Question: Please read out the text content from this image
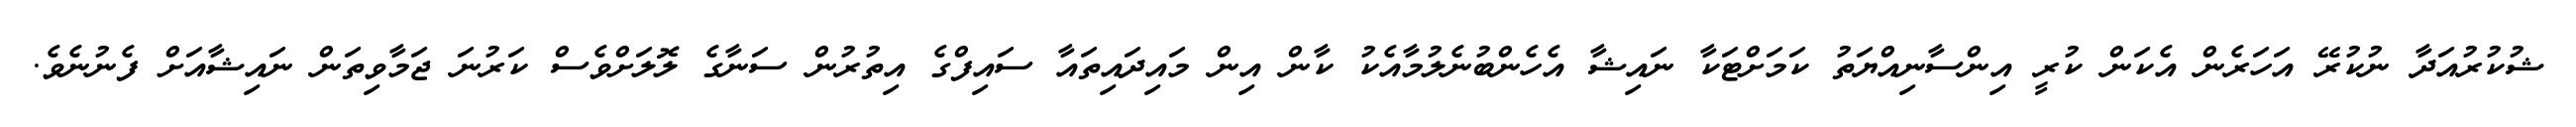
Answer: ޝުކުރުއަދާ ނުކުރޭ އަހަރެން އެކަން ކުރީ އިންސާނިއްޔަތު ކަމަށްޓަކާ ނައިޝާ އެހެންބުނެލުމާއެކު ކާން އިން މައިދައިތައާ ސައިފްގެ އިތުރުން ސަނާގެ ލޮލަށްވެސް ކަރުނަ ޖަމާވިތަން ނައިޝާއަށް ފެނުނެވެ.